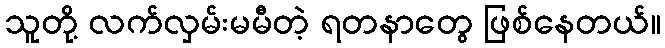
သူတို့ လက်လှမ်းမမီတဲ့ ရတနာတွေ ဖြစ်နေတယ်။